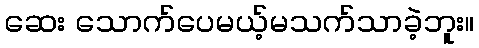
ဆေး သောက်ပေမယ့်မသက်သာခဲ့ဘူး။